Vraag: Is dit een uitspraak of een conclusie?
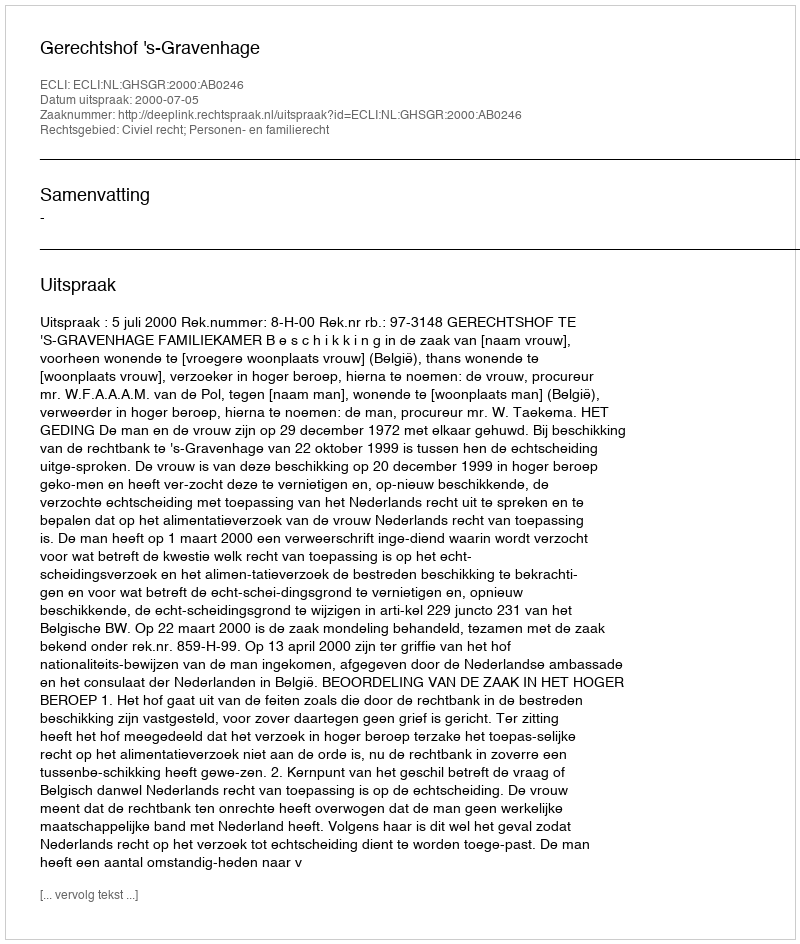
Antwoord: Uitspraak